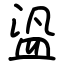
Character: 盕